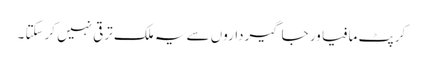
کرپٹ مافیا ور جاگیرداروں سے یہ ملک ترقی نہیں کرسکتا ۔